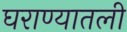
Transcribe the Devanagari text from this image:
घराण्यातली